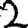
Digit: 2